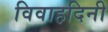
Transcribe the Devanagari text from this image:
विवाहदिनी